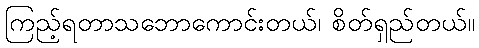
ကြည့်ရတာသဘောကောင်းတယ်၊ စိတ်ရှည်တယ်။